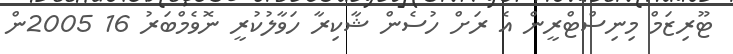
ޓޫރިޒަމް މިނިސްޓްރީން އެ ރަށް ހުސެން ޝާކިރާ ހަވާލުކުރީ ނޮވެމްބަރު 16 2005ން